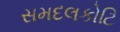
સમદલકોટિ